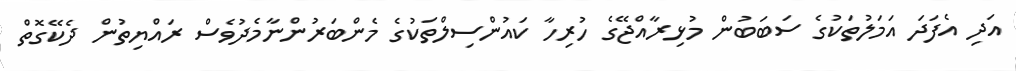
އަދި އެފަދަ އަމަލުތަކުގެ ސަބަބުން މުޅިރާއްޖޭގެ ހުރިހާ ކައުންސިލްތަކުގެ މެންބަރުންނާމެދުވެސް ރައްޔިތުން ދެކޭގޮތް